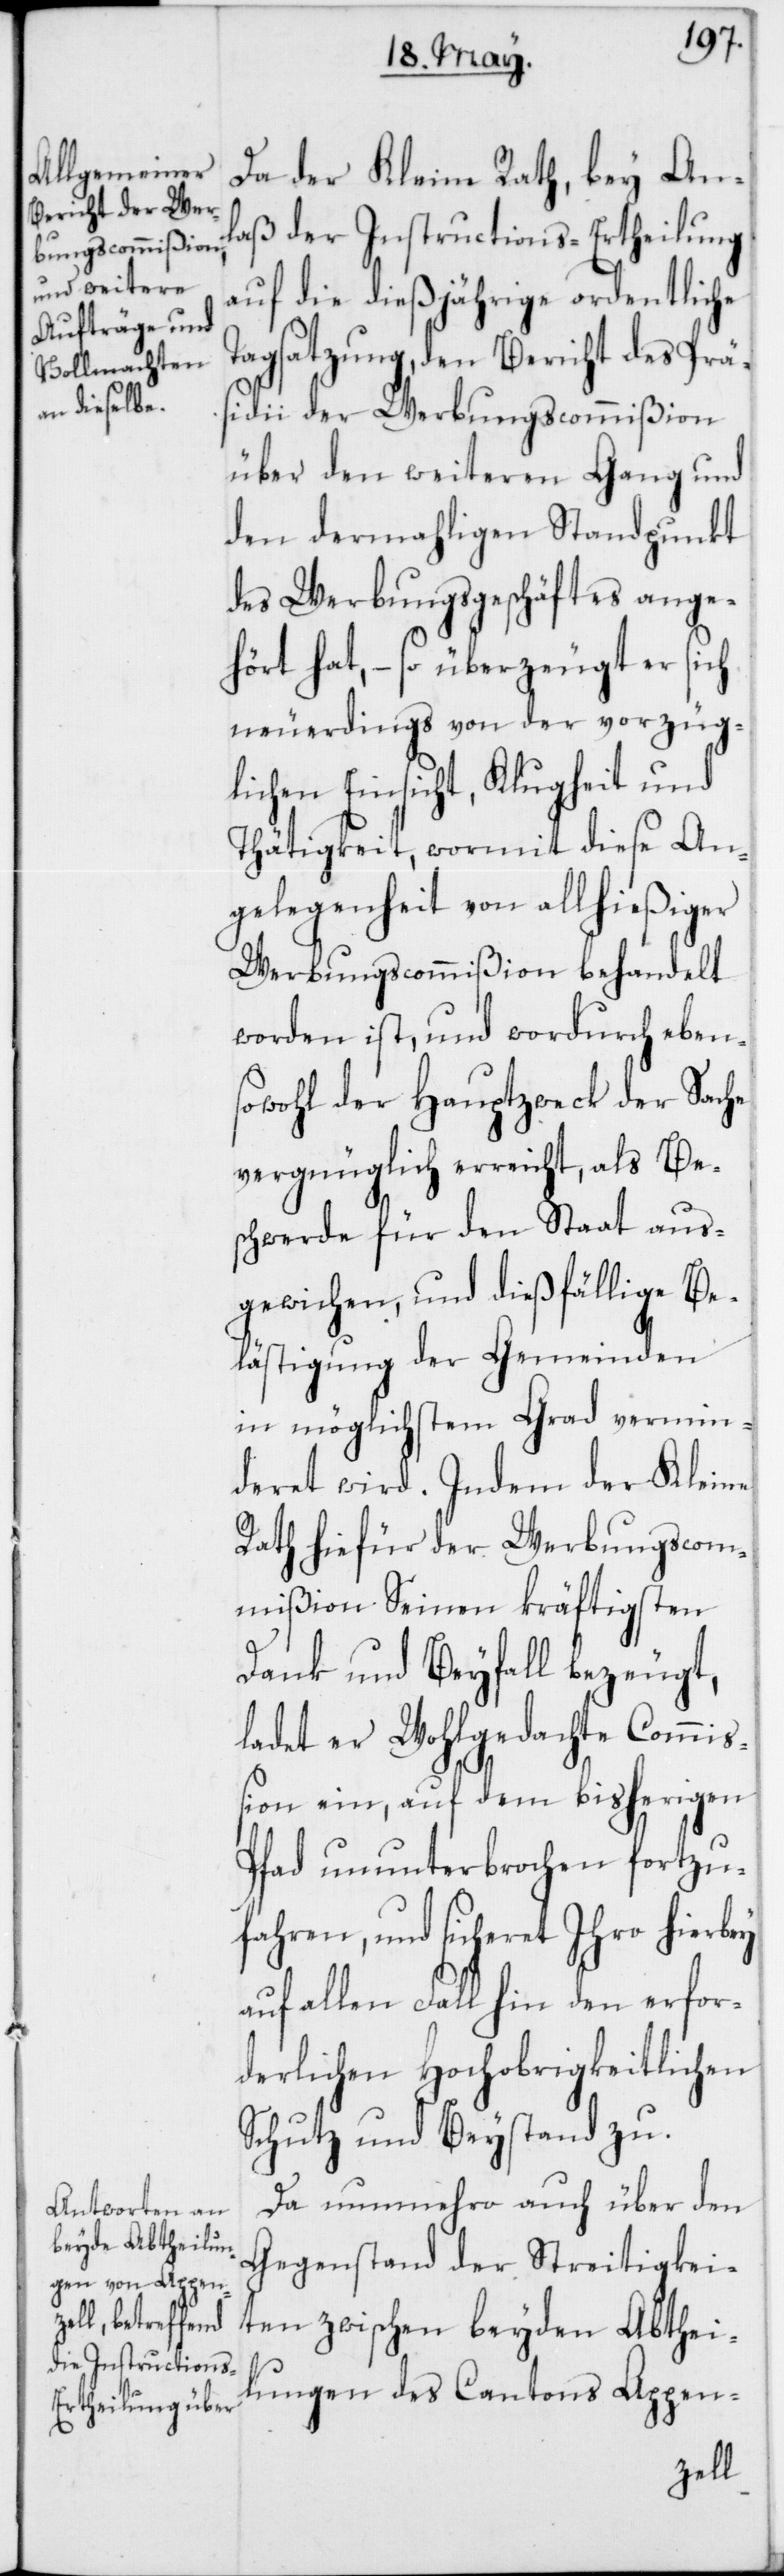
Da der Kleine Rath, bey An¬
laß der Instructions-Ertheilung
auf die dießjährige ordentliche
Tagsatzung, den Bericht des Prä¬
sidii der Werbungscommißion
über den weiteren Gang und
den dermahligen Standpunkt
des Werbungsgeschäftes ange¬
hört hat, – so überzeugt er sich
neuerdings von der vorzüg¬
lichen Einsicht, Klugheit und
Thätigkeit, wormit diese An¬
gelegenheit von allhießiger
Werbungscommißion behandelt
worden ist, und wordurch eben¬
sowohl der Hauptzweck der Sache
vergnüglich erreicht, als Be¬
schwerde für den Staat aus¬
gewichen, und dießfällige Be¬
lästigung der Gemeinden
in möglichstem Grad vermin¬
deret wird. Indem der Kleine
Rath hiefür der Werbungscom¬
mißion Seinen kräftigsten
Dank und Beyfall bezeugt,
ladet er Wohlgedachte Commiß¬
ion ein, auf dem bisherigen
Pfad ununterbrochen fortzu¬
fahren, und sicheret Ihro hierbey
auf allen Fall hin den erfor¬
derlichen Hochobrigkeitlichen
Schutz und Beystand zu.
Da nunmehro auch über den
Gegenstand der Streitigkei¬
ten zwischen beyden Abthei¬
lungen des Cantons Appen-